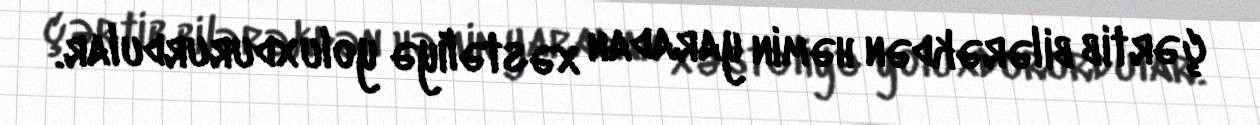
çərtib bilərəkdən həmin yaradan xəstəliyə yoluxdururdular.